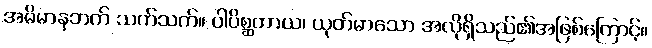
အဓိမာနဘက် သက်သက်။ ပါပိစ္ဆတာယ၊ ယုတ်မာသော အလိုရှိသည်၏အဖြစ်ကြောင့်။